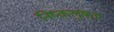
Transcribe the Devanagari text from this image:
निष्कलुषता